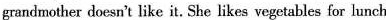
grandmother doesn't like it. She likes vegetables for lunch